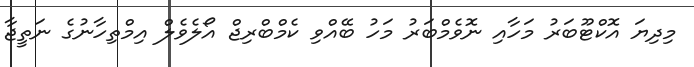
މިދިޔަ އޮކްޓޫބަރު މަހާއި ނޮވެމްބަރު މަހު ބޭއްވި ކެމްބްރިޖް އޯލެވެލް އިމްތިހާނުގެ ނަތީޖާ